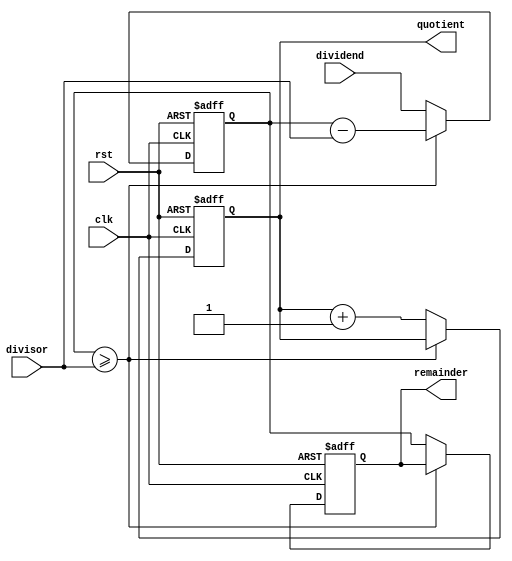
module counter_based_divider(
    input wire clk,
    input wire rst,
    input wire [31:0] dividend,
    input wire [31:0] divisor,
    output reg [31:0] quotient,
    output reg [31:0] remainder
);

reg [31:0] counter;

always @(posedge clk or posedge rst) begin
    if (rst) begin
        counter <= 0;
        quotient <= 0;
        remainder <= 0;
    end else begin
        if (counter >= divisor) begin
            counter <= counter - divisor;
        end else begin
            quotient <= quotient + 1;
            remainder <= counter;
            counter <= dividend;
        end
    end
end

endmodule